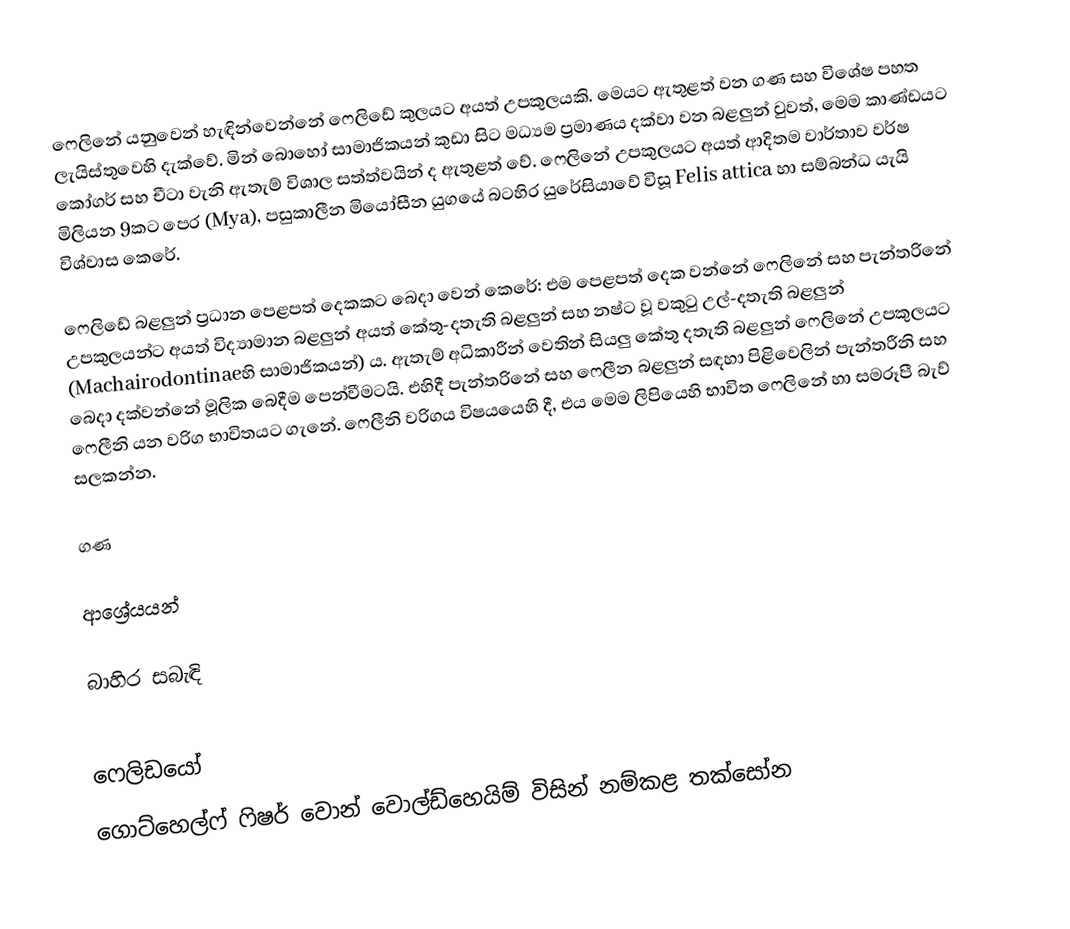
ෆෙලිනේ යනුවෙන් හැඳින්වෙන්නේ ෆෙලිඩේ කුලයට අයත් උපකුලයකි. මෙයට ඇතුළත් වන ගණ සහ විශේෂ පහත ලැයිස්තුවෙහි දැක්වේ. මින් බොහෝ සාමාජිකයන් කුඩා සිට මධ්‍යම ප්‍රමාණය දක්වා වන බළලුන් වුවත්, මෙම කාණ්ඩයට කෝගර් සහ චීටා වැනි ඇතැම් විශාල සත්ත්වයින් ද ඇතුළත් වේ. ෆෙලිනේ උපකුලයට අයත් ආදිතම වාර්තාව වර්ෂ මිලියන 9කට පෙර (Mya), පසුකාලීන මියෝසීන යුගයේ බටහිර යුරේසියාවේ විසූ Felis attica හා සම්බන්ධ යැයි විශ්වාස කෙරේ.

ෆෙලිඩේ බළලුන් ප්‍රධාන පෙළපත් දෙකකට බෙදා වෙන් කෙරේ: එම පෙළපත් දෙක වන්නේ ෆෙලිනේ සහ පැන්තරිනේ උපකුලයන්ට අයත් විද්‍යාමාන බළලුන් අයත් කේතු-දතැති බළලුන් සහ නෂ්ට වූ වකුටු උල්-දතැති බළලුන් (Machairodontinaeහි සාමාජිකයන්) ය. ඇතැම් අධිකාරීන් වෙතින් සියලු කේතු දතැති බළලුන් ෆෙලිනේ උපකුලයට බෙදා දක්වන්නේ මූලික බෙදීම පෙන්වීමටයි. එහිදී පැන්තරිනේ සහ ෆෙලීන බළලුන් සඳහා පිළිවෙලින් පැන්තරීනි සහ ෆෙලීනි යන වරිග භාවිතයට ගැනේ. ෆෙලීනි වරිගය විෂයයෙහි දී, එය මෙම ලිපියෙහි භාවිත ෆෙලිනේ හා සමරූපී බැව් සලකන්න.

ගණ

ආශ්‍රේයයන්

බාහිර සබැඳි

ෆෙලිඩයෝ
ගොට්හෙල්ෆ් ෆිෂර් වොන් වොල්ඩ්හෙයිම් විසින් නම්කළ තක්සෝන